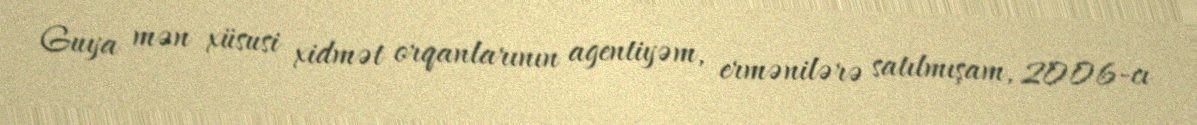
Guya mən xüsusi xidmət orqanlarının agentiyəm, ermənilərə satılmışam, 2006-cı